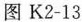
图 K2-13